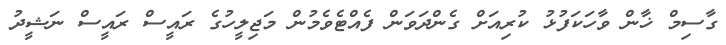
ގާސިމް ޚާން ވާހަކަފުޅު ކުރިއަށް ގެންދަވަން ފެއްޓެވެމުން މަޖިލީހުގެ ރައީސް ރައީސް ނަޝީދު